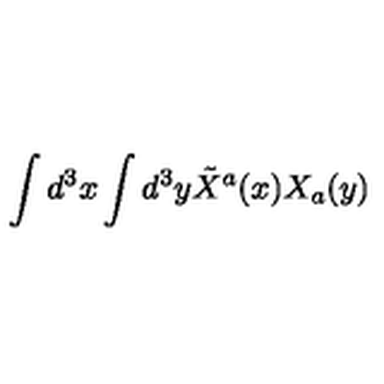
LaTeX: \int d ^ { 3 } x \int d ^ { 3 } y \tilde { X } ^ { a } ( x ) X _ { a } ( y )